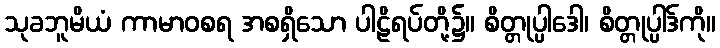
သုခဘူမိယံ ကာမာဝစရ အစရှိသော ပါဠိရပ်တို့၌။ စိတ္တုပ္ပါဒေါ၊ စိတ္တုပ္ပါဒ်ကို။